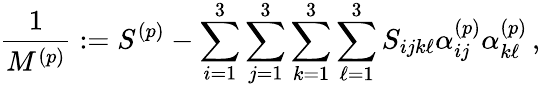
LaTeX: \frac{1}{M^{(p)}}:=S^{(p)}-\sum_{i=1}^{3}\sum_{j=1}^{3}\sum_{k=1}^{3}\sum_{\ell=1}^{3}S_{ijk\ell}\alpha_{ij}^{(p)}\alpha_{k\ell}^{(p)}\, ,